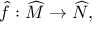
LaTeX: { \widehat { f } } : { \widehat { M } } \to { \widehat { N } } ,